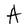
Character: A